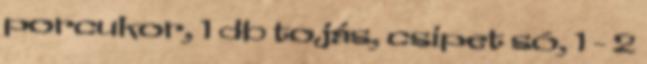
porcukor, 1 db tojás, csipet só, 1 - 2